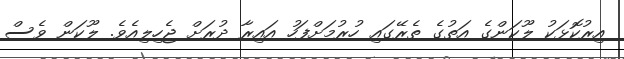
އިރުކޮޅަކު ލޫކަންގެ އަތުގެ ތެރޭގައި ހުރުމަށްފަހު އައިރާ ދުރަށް ޖެހިލިއެވެ. ލޫކަން ވެސް